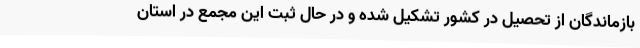
بازماندگان از تحصیل در کشور تشکیل شده و در حال ثبت این مجمع در استان